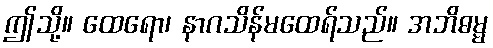
ဤသို့။ ထေရော၊ နာဂသိန်မထေရ်သည်။ အဘိဓမ္မ